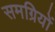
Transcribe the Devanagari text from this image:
समग्रियों